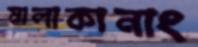
মালাকানাং